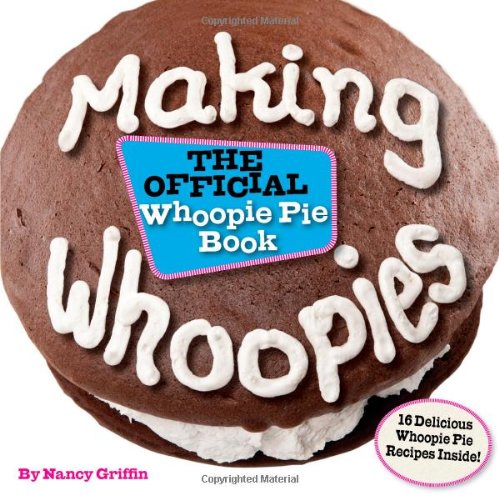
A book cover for Making Whoopies: The Official Whoopie Pie Book; Nancy Griffin; Cookbooks, Food & Wine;